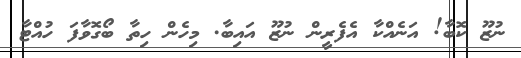
ނުޒޫ ކޮބާ! އަނެއްކާ އެފެރީން ނުޒޫ އައިބާ. މިހެން ހިތާ ބޯގޮވާފަ ހުއްޓާ